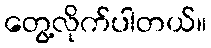
တွေ့လိုက်ပါတယ်။